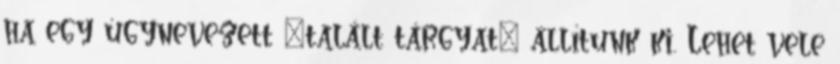
ha egy úgynevezett „talált tárgyat” állítunk ki. Lehet vele